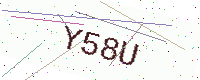
Text: Y58U